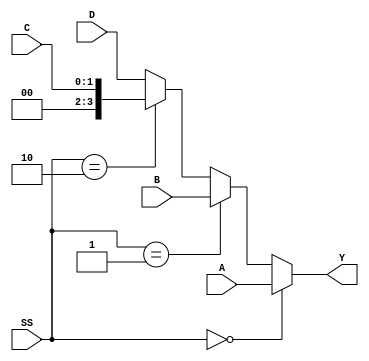
`timescale 1ns / 1ps


module four_to_one_Mux(
    input [3:0] A,
    input [3:0] B,
    input [1:0] C,
    input [3:0] D,
    input [1:0] SS,
    output [3:0] Y 
    );
    assign Y = (SS==0)?A : (SS==1)?B : (SS==2)?C : D;
    
endmodule